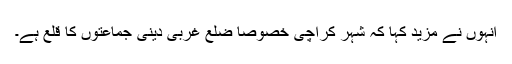
انہوں نے مزید کہا کہ شہر کراچی خصوصاًً ضلع غربی دینی جماعتوں کا قلع ہے۔